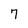
Character: 7